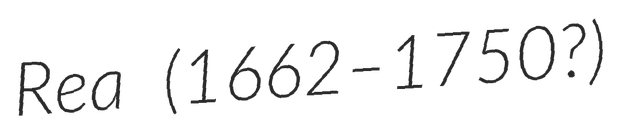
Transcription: Rea (1662–1750?)